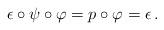
LaTeX: \begin{align*}\epsilon\circ \psi\circ\varphi = p \circ \varphi = \epsilon\,.\end{align*}